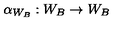
\alpha _ { W _ { B } } : W _ { B } \to W _ { B }